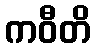
ကဝီတိ